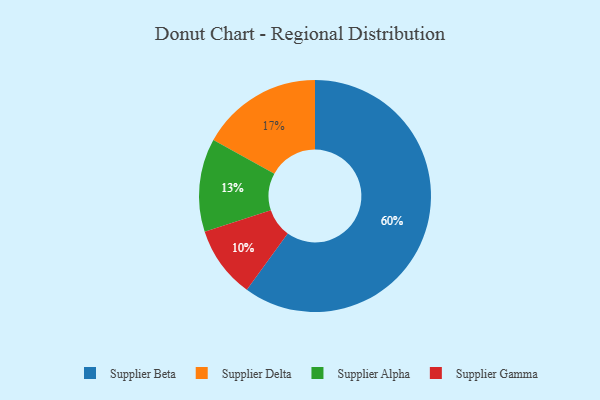
{"axis": {"x": "Category", "y": "Percentage"}, "legend": ["Supplier Alpha", "Supplier Beta", "Supplier Delta", "Supplier Gamma"], "data": [{"x": "Supplier Delta", "y": 17, "type": "Supplier Delta"}, {"x": "Supplier Alpha", "y": 13, "type": "Supplier Alpha"}, {"x": "Supplier Gamma", "y": 10, "type": "Supplier Gamma"}, {"x": "Supplier Beta", "y": 60, "type": "Supplier Beta"}]}